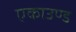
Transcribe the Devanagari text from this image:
एकाउण्ड